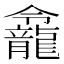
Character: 𪚙